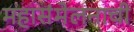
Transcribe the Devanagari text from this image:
महासंमेलनाची